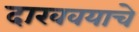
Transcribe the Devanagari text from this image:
दाखवयाचे